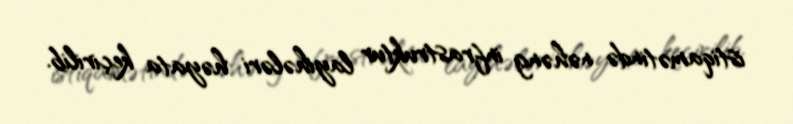
istiqamətində nəhəng infrastruktur layihələri həyata keçirilib.